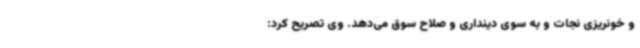
و خونریزی نجات و به سوی دینداری و صلاح سوق می‌دهد. وی تصریح کرد: